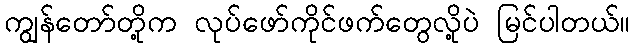
ကျွန်တော်တို့က လုပ်ဖော်ကိုင်ဖက်တွေလို့ပဲ မြင်ပါတယ်။